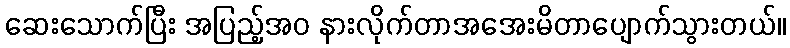
ဆေးသောက်ပြီး အပြည့်အဝ နားလိုက်တာအအေးမိတာပျောက်သွားတယ်။